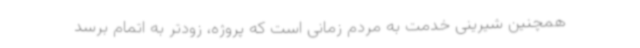
همچنین شیرینی خدمت به مردم زمانی است که پروژه، زودتر به اتمام برسد